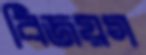
বিজয়গ